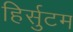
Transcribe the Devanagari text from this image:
हिर्सुटम